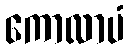
ကောလာပံ